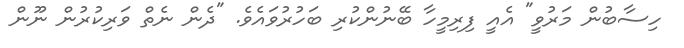
ހިސާބުން މަރުވީ" އެއީ ފިރިމީހާ ބޭނުންކުރި ބަހުރުވައެވެ. "ދެން ނެތް ވަރިކުރުން ނޫން